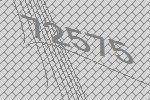
72575